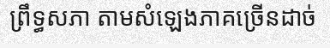
ព្រឹទ្ធសភា តាមសំឡេងភាគច្រើនដាច់